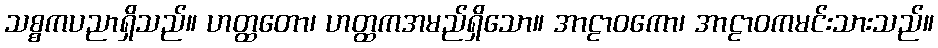
သစ္စကပညာရှိသည်။ ဟတ္ထတော၊ ဟတ္ထကအမည်ရှိသော။ အာဠာဝကော၊ အာဠာဝကမင်းသားသည်။